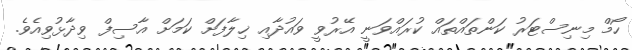
ހޯމް މިނިސްޓަރު ކަންތައްތައް ކުރައްވަނީ އޭރުވީ ވައުދާއި ޚިލާފަށް ކަމަށް އާސިފް ވިދާޅުވިއެވެ.